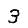
Digit: 3